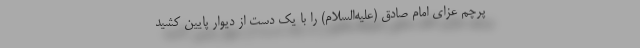
پرچم عزای امام صادق (علیه‌السلام) را با یک دست از دیوار پایین کشید